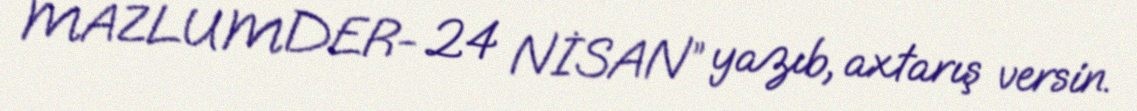
MAZLUMDER- 24 NİSAN” yazıb, axtarış versin.